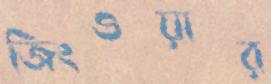
জিংওয়ার